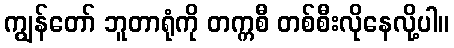
ကျွန်တော် ဘူတာရုံကို တက္ကစီ တစ်စီးလိုနေလို့ပါ။